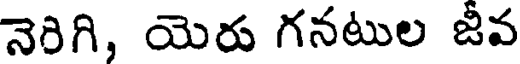
నెరిగి, యెరు గనటుల జీవ